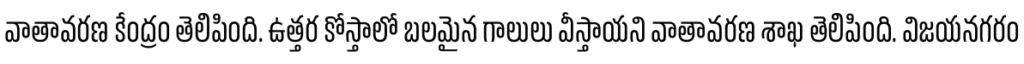
వాతావరణ కేంద్రం తెలిపింది. ఉత్తర కోస్తాలో బలమైన గాలులు వీస్తాయని వాతావరణ శాఖ తెలిపింది. విజయనగరం